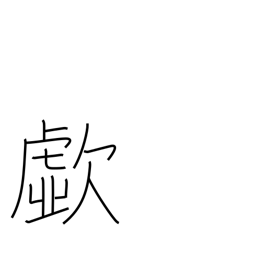
Meaning: cry